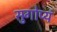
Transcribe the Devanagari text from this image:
सुगोप्यं